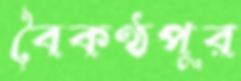
বৈকণ্ঠপুর